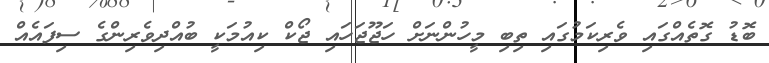
ބޮޑު ގޮތެއްގައި ވެރިކަމުގައި ތިބި މީހުންނަށް ހަޖޫޖަހައި ޖޯކް ކިއުމަކީ ބުއްދިވެރިންގެ ސިފައެއް